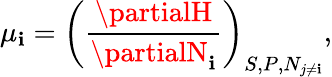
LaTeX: \mu_{\mathbf{i}}=\left({\frac{{\partialH}}{{\partialN_{\mathbf{i}}}}}\right)_{S,P,N_{j\neq\mathbf{i}}},